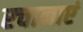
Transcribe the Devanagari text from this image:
रचानाएं